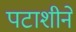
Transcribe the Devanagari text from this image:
पटाशीने